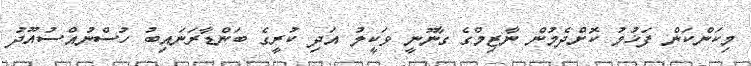
މިކަންކަން ފަޚުމު ކޮށްދެމުން ނާޒިމްގެ ގާނޫނީ ވަކީލު އަދި ކުރީގެ ބަންޑާރަނައިބު ހުސްނުއްސުއޫދު